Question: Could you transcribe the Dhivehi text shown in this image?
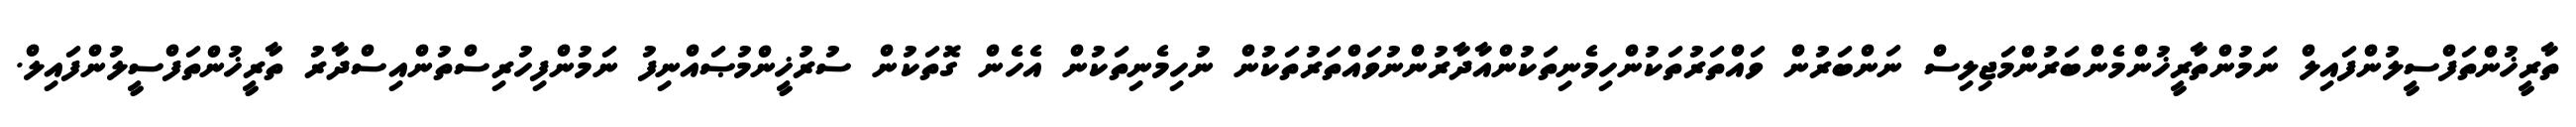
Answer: ތާރީޚުންތަފްސީލުންފައިލް ނަމުންތާރީޚުންމެންބަރުންމަޖިލިސް ނަންބަރުން ވައްތަރުތަކުންހިމެނިތަކުންއާދާރުންނުވައްތަރުތަކުން ނުހިމެނިތަކުން އެހެން ގޮތަކުން ސުރުޚީންމުޞައްނިފު ނަމުންފިހުރިސްތުންއިސްދާރު ތާރީޚުންތަފްސީލުންފައިލް.